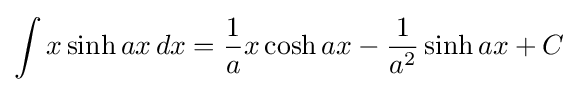
\int x\sinh ax\,dx={\frac {1}{a}}x\cosh ax-{\frac {1}{a^{2}}}\sinh ax+C